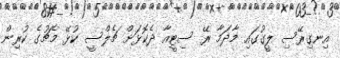
އިނގިރޭސި ލީގުގައި މާދަމާ ރޭ ސިޓީއާ ދެކޮޅަށް ޗެލްސީ ކުޅޭ މެޗުގެ ކުރިން